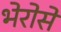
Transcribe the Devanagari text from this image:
भेरोसे